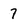
Character: 7